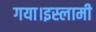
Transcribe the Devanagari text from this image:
गया।इस्लामी